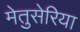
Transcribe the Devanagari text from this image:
मेतुसेरिया